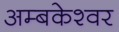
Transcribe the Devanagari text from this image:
अम्बकेश्वर